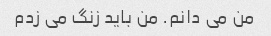
من می دانم. من باید زنگ می زدم